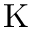
\mathrm { K }